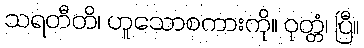
သရတီတိ၊ ဟူသောစကားကို။ ဝုတ္တံ၊ ပြီ။